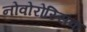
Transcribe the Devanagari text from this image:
नोवोरोस्सिक